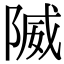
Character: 隇